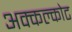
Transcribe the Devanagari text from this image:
अक्कल्कोट